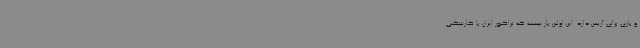
و بازی برای آریس دارد. این اولین بار نیست که تراکتور ایران با کارشکنی